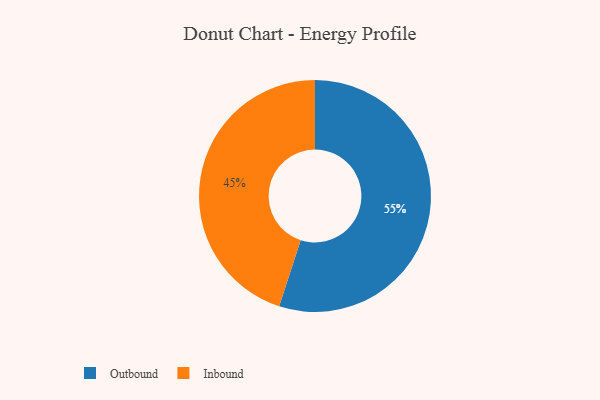
{"axis": {"x": "Category", "y": "Percentage"}, "legend": ["Inbound", "Outbound"], "data": [{"x": "Inbound", "y": 45, "type": "Inbound"}, {"x": "Outbound", "y": 55, "type": "Outbound"}]}